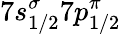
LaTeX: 7s_{1/2}^{\sigma}7p_{1/2}^{\pi}